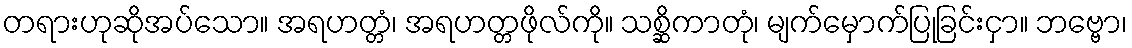
တရားဟုဆိုအပ်သော။ အရဟတ္တံ၊ အရဟတ္တဖိုလ်ကို။ သစ္ဆိကာတုံ၊ မျက်မှောက်ပြုခြင်းငှာ။ ဘဗ္ဗော၊